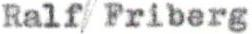
Ralf Friberg